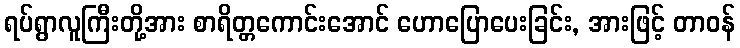
ရပ်ရွာလူကြီးတို့အား စာရိတ္တကောင်းအောင် ဟောပြောပေးခြင်း, အားဖြင့် တာဝန်